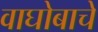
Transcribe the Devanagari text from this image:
वाघोबाचे